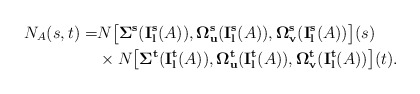
\begin{align*}N_A(s,t)=&N\big[{\bf \Sigma^s}({\bf I^s_l}(A)),{\bf \Omega_{u}^s}({\bf I^s_l}(A)), {\bf \Omega_{v}^s}({\bf I^s_l}(A))\big](s) \\&\times N\big[{\bf \Sigma^t}({\bf I^t_l}(A)),{\bf \Omega_{u}^t}({\bf I^t_l}(A)), {\bf \Omega_{v}^t}({\bf I^t_l}(A))\big](t). \end{align*}